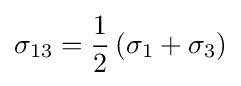
{\sigma _{13}}={\frac {1}{2}}\left({{\sigma _{1}}+{\sigma _{3}}}\right)